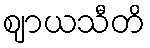
ဈာယသီတိ